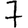
Digit: 7